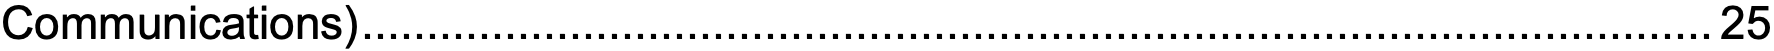
Communications)........................................................................................................25